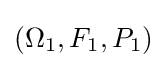
(\Omega _{1},F_{1},P_{1})